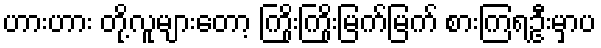
ဟားဟား တို့လူများတော့ ကြိုးကြိုးမြက်မြက် စားကြရဦးမှာပ